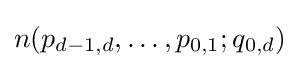
n(p_{d-1,d},\ldots ,p_{0,1};q_{0,d})